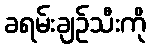
ခရမ်းချဉ်သီးကို